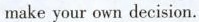
make your own decision.